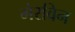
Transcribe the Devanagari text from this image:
मेरविन